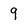
Character: 9